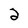
Character: 2